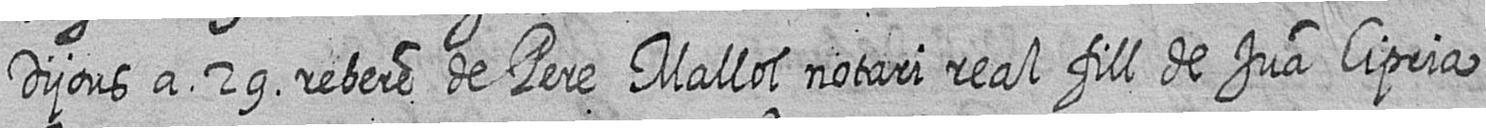
Dijous a 29 rebere de Pere Mallol notari real fill de Jua Cipria